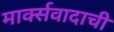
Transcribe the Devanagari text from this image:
मार्क्सवादाची